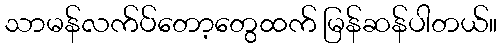
သာမန်လက်ပ်တော့တွေထက် မြန်ဆန်ပါတယ်။